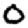
Digit: 0